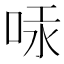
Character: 𠳃